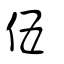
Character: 伍